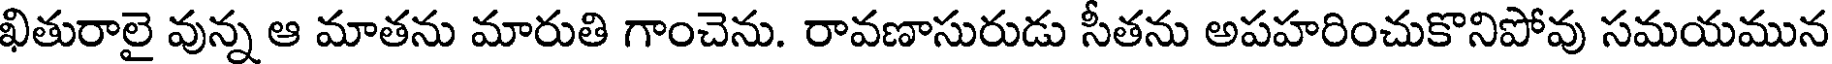
ఖితురాలై వున్న ఆ మాతను మారుతి గాంచెను. రావణాసురుడు సీతను అపహరించుకొనిపోవు సమయమున